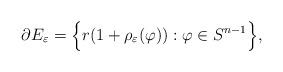
LaTeX: \begin{align*}\partial E_\varepsilon=\Bigl\{r(1+\rho_\varepsilon(\varphi)):\varphi\in S^{n-1}\Bigr\},\end{align*}